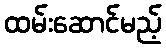
ထမ်းဆောင်မည့်